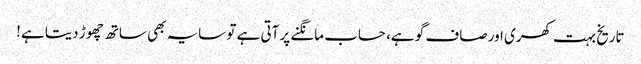
تاریخ بہت کھری اور صاف گو ہے، حساب مانگنے پر آتی ہے تو سایہ بھی ساتھ چھوڑ دیتا ہے!